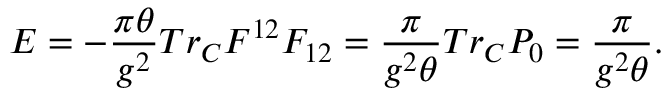
E = - \frac { \pi \theta } { g ^ { 2 } } T r _ { C } F ^ { 1 2 } F _ { 1 2 } = \frac { \pi } { g ^ { 2 } \theta } T r _ { C } P _ { 0 } = \frac { \pi } { g ^ { 2 } \theta } .